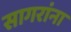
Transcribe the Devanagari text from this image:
सागरांना